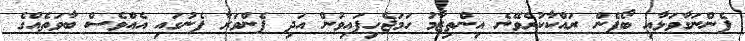
ފެންނަގާވަޅާއި ބޯފެން ރައްކާކުރެވޭނެ އިންތިޒާމު ހަމަޖެހިފައިވުން އަދި ފެންވަރާ ފެނުގައި އެއްވެސް ބާވަތެއްގެ